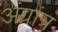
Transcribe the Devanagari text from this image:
अंग्रांत्र